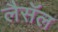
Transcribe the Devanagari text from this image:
लैसॅल